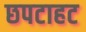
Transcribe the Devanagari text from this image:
छपटाहट